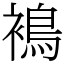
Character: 𧜣